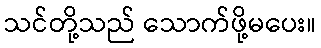
သင်တို့သည် သောက်ဖို့မပေး။